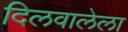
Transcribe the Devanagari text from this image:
दिलवालेला